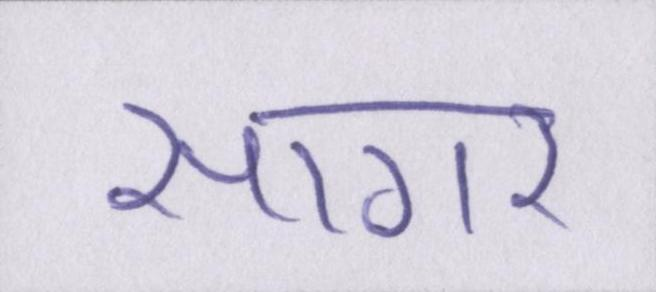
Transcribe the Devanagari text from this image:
सागर